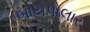
બાયપોલાર